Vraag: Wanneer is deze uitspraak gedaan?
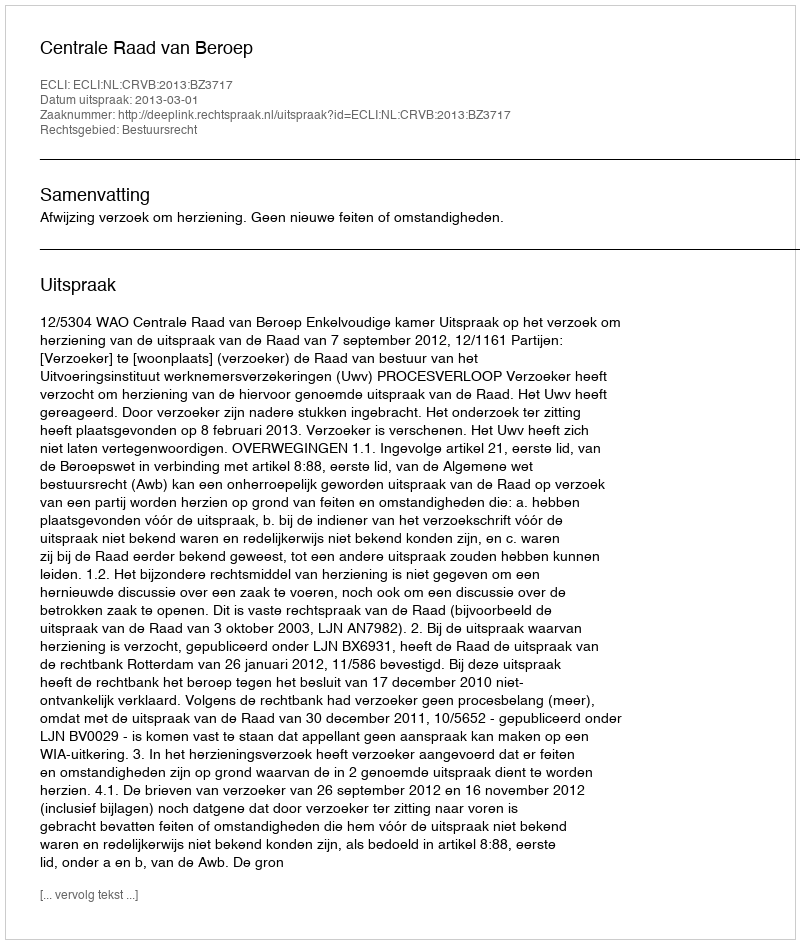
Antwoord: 2013-03-01